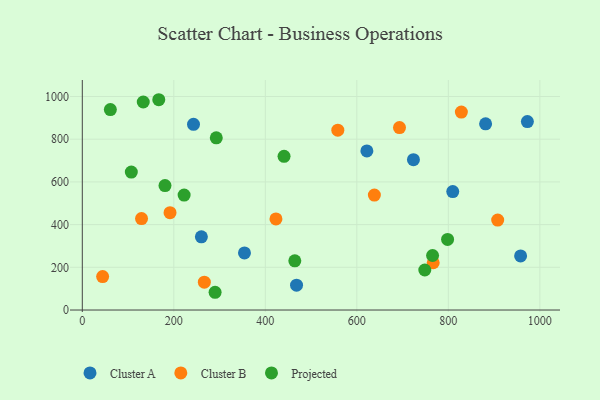
{"axis": {"x": "Ad Spend", "y": "Profit"}, "legend": ["Cluster A", "Cluster B", "Projected"], "data": [{"x": "621.9", "y": 744.8, "type": "Cluster A"}, {"x": "243.0", "y": 869.7, "type": "Cluster A"}, {"x": "723.7", "y": 704.0, "type": "Cluster A"}, {"x": "354.4", "y": 267.5, "type": "Cluster A"}, {"x": "809.6", "y": 554.7, "type": "Cluster A"}, {"x": "972.7", "y": 882.6, "type": "Cluster A"}, {"x": "260.2", "y": 342.8, "type": "Cluster A"}, {"x": "881.4", "y": 871.8, "type": "Cluster A"}, {"x": "468.2", "y": 116.2, "type": "Cluster A"}, {"x": "957.9", "y": 253.5, "type": "Cluster A"}, {"x": "558.4", "y": 842.1, "type": "Cluster B"}, {"x": "191.7", "y": 456.0, "type": "Cluster B"}, {"x": "907.8", "y": 421.3, "type": "Cluster B"}, {"x": "766.9", "y": 221.4, "type": "Cluster B"}, {"x": "828.4", "y": 927.0, "type": "Cluster B"}, {"x": "423.2", "y": 426.8, "type": "Cluster B"}, {"x": "266.7", "y": 130.6, "type": "Cluster B"}, {"x": "693.2", "y": 854.4, "type": "Cluster B"}, {"x": "129.4", "y": 428.2, "type": "Cluster B"}, {"x": "44.4", "y": 156.8, "type": "Cluster B"}, {"x": "638.3", "y": 538.3, "type": "Cluster B"}, {"x": "61.3", "y": 938.8, "type": "Projected"}, {"x": "107.1", "y": 646.1, "type": "Projected"}, {"x": "798.3", "y": 330.7, "type": "Projected"}, {"x": "292.8", "y": 806.2, "type": "Projected"}, {"x": "765.5", "y": 255.4, "type": "Projected"}, {"x": "440.9", "y": 719.7, "type": "Projected"}, {"x": "222.5", "y": 538.2, "type": "Projected"}, {"x": "180.7", "y": 582.9, "type": "Projected"}, {"x": "748.5", "y": 187.5, "type": "Projected"}, {"x": "464.4", "y": 230.3, "type": "Projected"}, {"x": "167.1", "y": 984.8, "type": "Projected"}, {"x": "133.2", "y": 974.1, "type": "Projected"}, {"x": "290.2", "y": 83.1, "type": "Projected"}]}